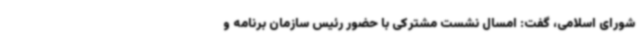
شورای اسلامی، گفت: امسال نشست مشترکی با حضور رئیس سازمان برنامه و